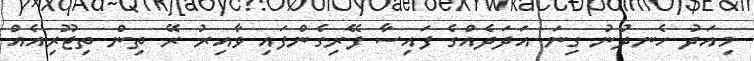
މިއަދު ހެނދުނު ގިނަ އަދަދެއްގެ ފައިސާ ފޭރިގެންފައި ވާއިރު ރޭ ތިން ތިޖޫރިއެއް